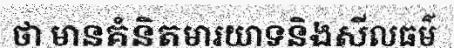
ថា មានគំនិតមារយាទនិងសីលធម៌